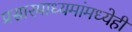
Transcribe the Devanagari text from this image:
प्रसारमाध्यमांमध्येही